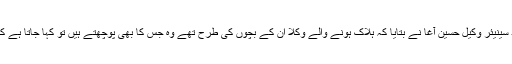
ضلع کچہری میں موجود سینیئر وکیل حسین آغا نے بتایا کہ ہلاک ہونے والے وکلا ان کے بچوں کی طرح تھے وہ جس کا بھی پوچھتے ہیں تو کہا جاتا ہے کہ وہ دنیا میں نہیں رہے ۔